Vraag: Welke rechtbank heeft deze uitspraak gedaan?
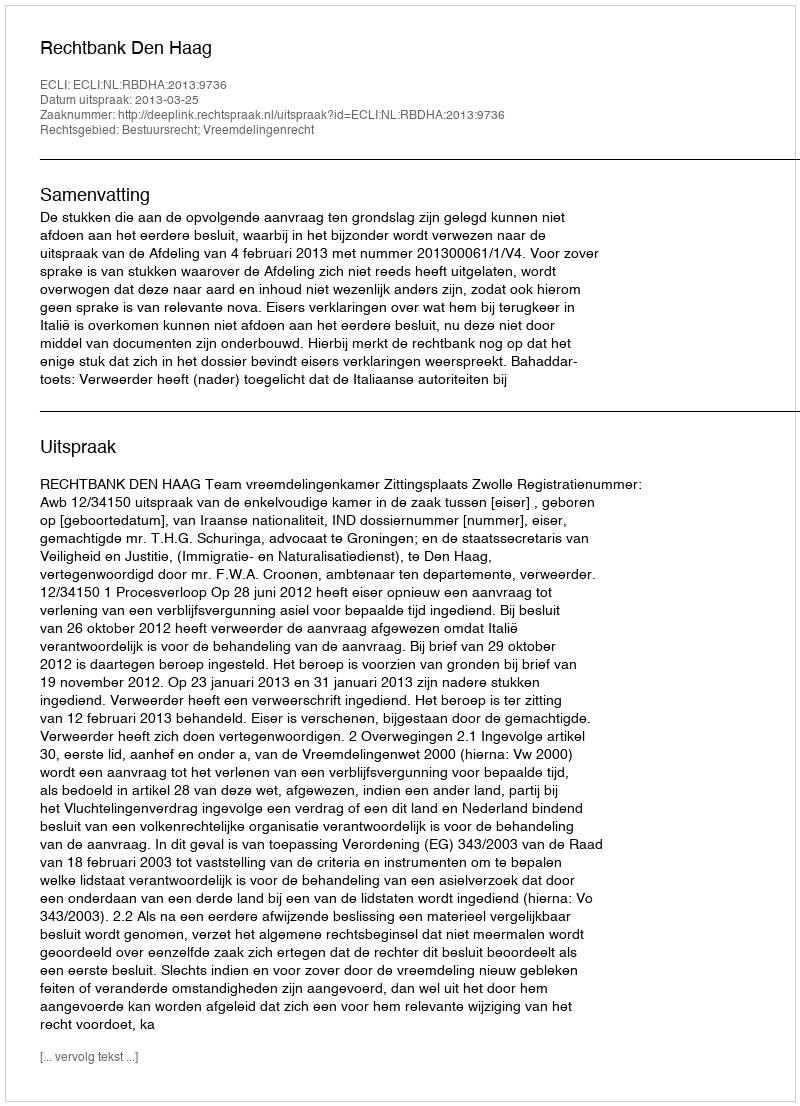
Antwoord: Rechtbank Den Haag